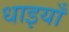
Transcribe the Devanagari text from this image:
धाइयाँ